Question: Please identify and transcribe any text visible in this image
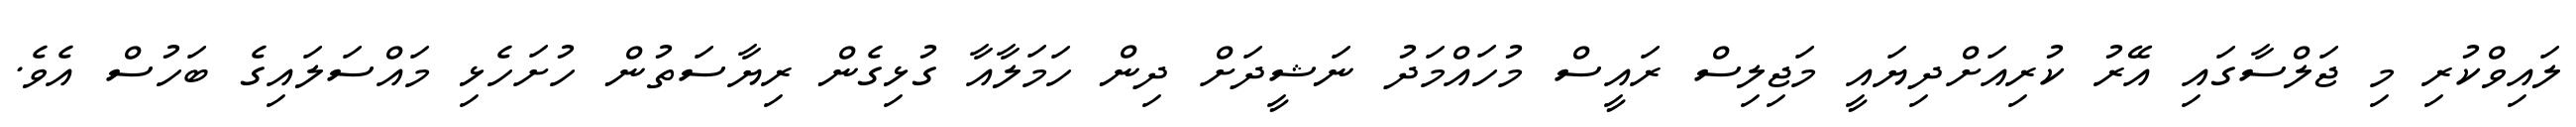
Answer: ލައިވްކުރި މި ޖަލްސާގައި އޭރު ކުރިއަށްދިޔައީ މަޖިލިސް ރައީސް މުހައްމަދު ނަޝީދަށް ދިން ހަމަލާއާ ގުޅިގެން ރިޔާސަތުން ހުށަހެޅި މައްސަލައިގެ ބަހުސް އެވެ.